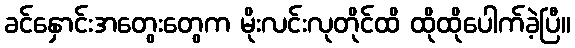
ခင်နှောင်းအတွေးတွေက မိုးလင်းလုတိုင်ထိ ထိုထိုပေါက်ခဲ့ပြီ။